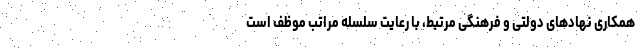
همکاری نهادهای دولتی و فرهنگی مرتبط، با رعایت سلسله مراتب موظف است